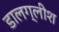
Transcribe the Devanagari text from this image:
डालग्लीश